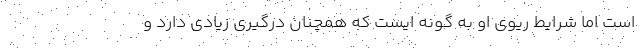
است اما شرایط ریوی او به گونه ایست که همچنان درگیری زیادی دارد و